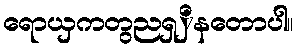
ရောယှကတွညရှှိနတောပါ။